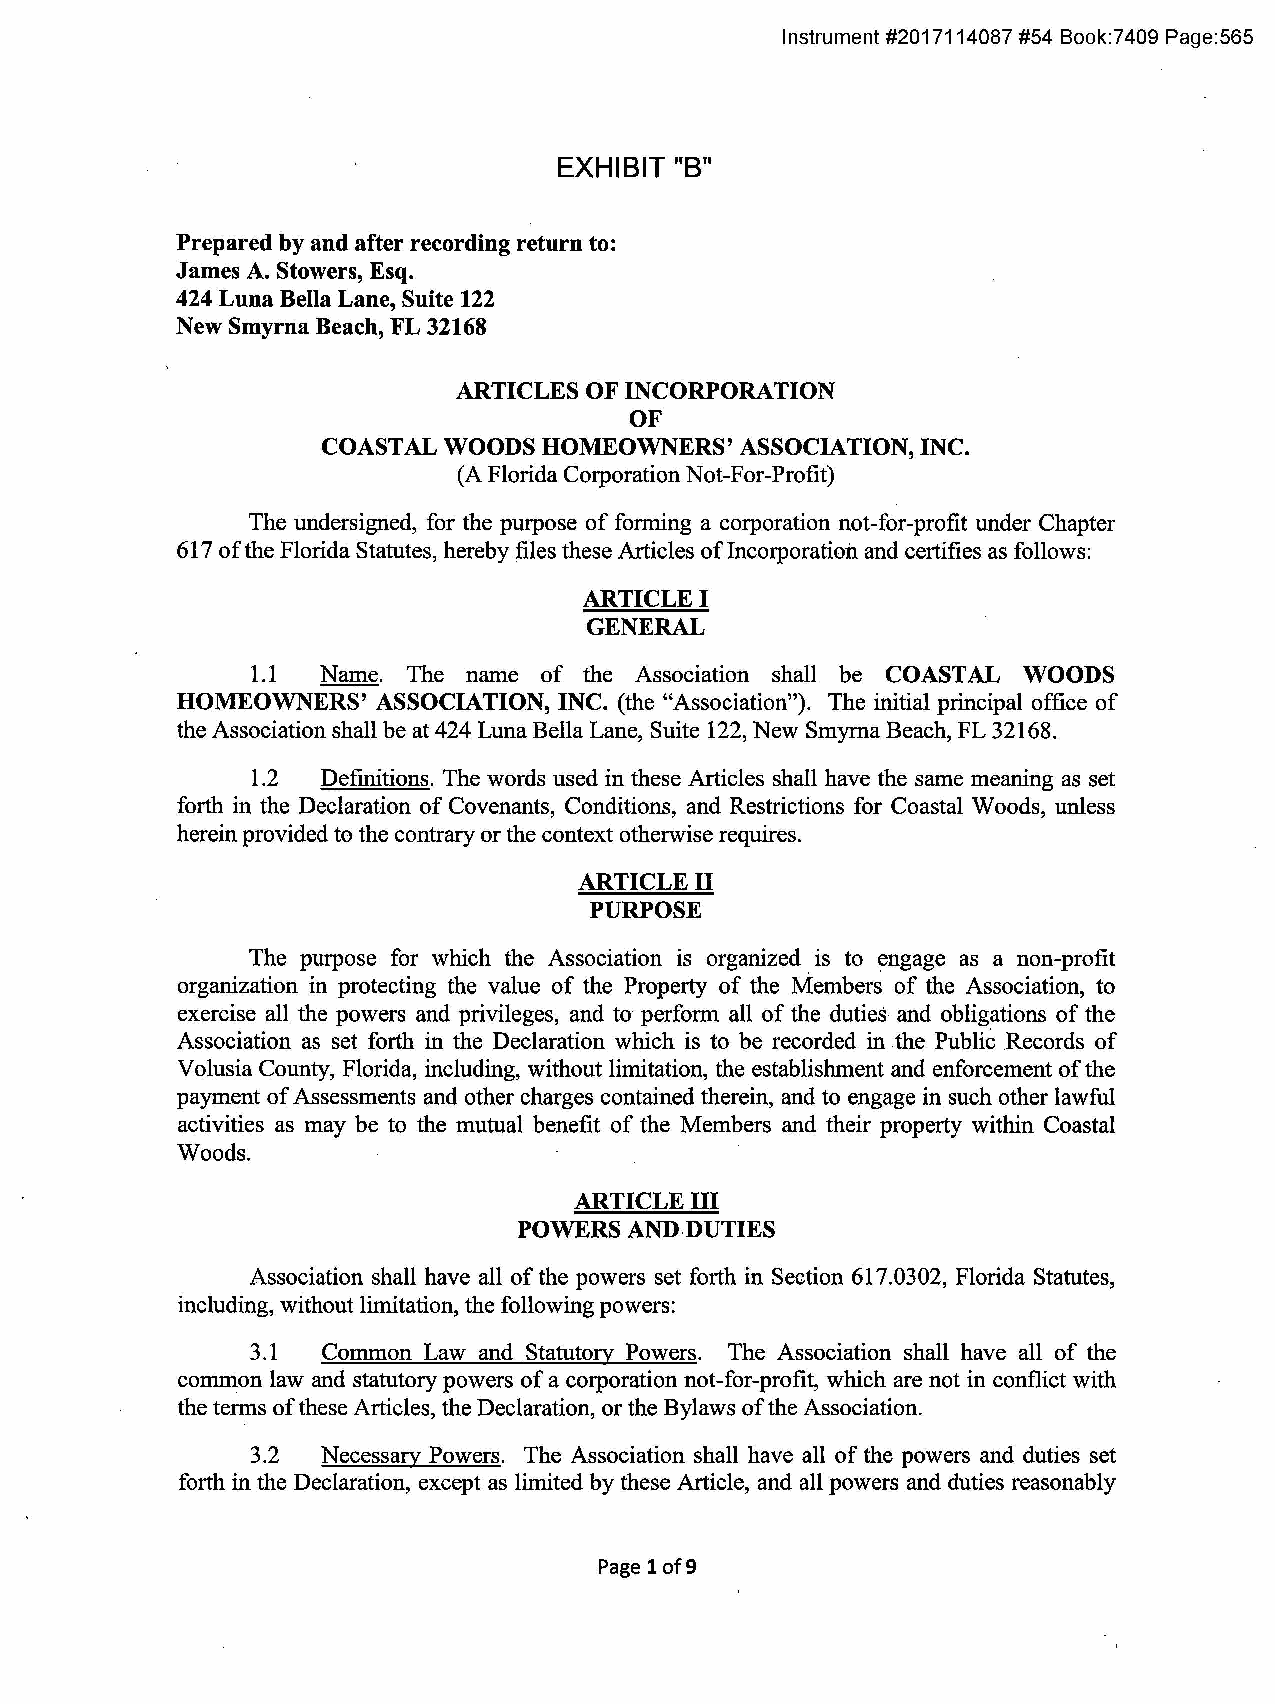
Instrument #2017114087 #54 Book:7409 Page:565
 EXHIBIT "B"
 Prepared by and after recording return to:
 James A. Stowers, Esq.
 424 Luna Bella Lane, Suite 122
 New Smyrna Beach, FL 32168
 ARTICLES OF INCORPORATION
 OF
 COASTAL WOODS  HOMEOWNERS'  ASSOCIATION, INC.
 (A Florida Corporation Not-For-Profit)
 The undersigned, for the purpose of forming a corporation not-for-profit under Chapter
 617 of the Florida Statutes, hereby files these Articles of Incorporation and certifies as follows:
 ARTICLE I
 GENERAL
 1.1 Name. The name of the Association shall be COASTAL WOODS
 HOMEOWNERS'  ASSOCIATION, INC. (the "Association"). The initial principal office of
 the Association shall be at 424 Luna Bella Lane, Suite 122, New Smyrna Beach, FL 32168.
 1.2 Definitions. The words used in these Articles shall have the same meaning as set
 forth in the Declaration of Covenants, Conditions, and Restrictions for Coastal Woods, unless
 herein provided to the contrary or the context otherwise requires.
 ARTICLE II
 PURPOSE
 The purpose for which the Association is organized is to engage as a non-profit
 organization in protecting the value of the Property of the Members of the Association, to
 exercise all the powers and privileges, and to perform all of the duties and obligations of the
 Association as set forth in the Declaration which is to be recorded in the Public Records of
 Volusia County, Florida, including, without limitation, the establishment and enforcement of the
 payment of Assessments and other charges contained therein, and to engage in such other lawful
 activities as may be to the mutual benefit of the Members and their property within Coastal
 Woods.
 ARTICLE III
 POWERS  AND DUTIES
 Association shall have all of the powers set forth in Section 617.0302, Florida Statutes,
 including, without limitation, the following powers:
 3.1 Common Law and Statutory Powers. The Association shall have all of the
 common law and statutory powers of a corporation not-for-profit, which are not in conflict with
 the terms of these Articles, the Declaration, or the Bylaws of the Association.
 3.2 Necessary Powers. The Association shall have all of the powers and duties set
 forth in the Declaration, except as limited by these Article, and all powers and duties reasonably
 Pagelof9